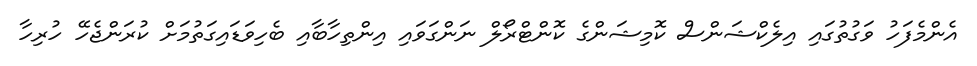
އެންމެފަހު ވަގުތުގައި އިލެކްޝަންސް ކޮމިޝަންގެ ކޮންޓްރޯލް ނަންގަވައި އިންތިހާބާއި ބެހިވަޑައިގަތުމަށް ކުރަންޖެހޭ ހުރިހާ